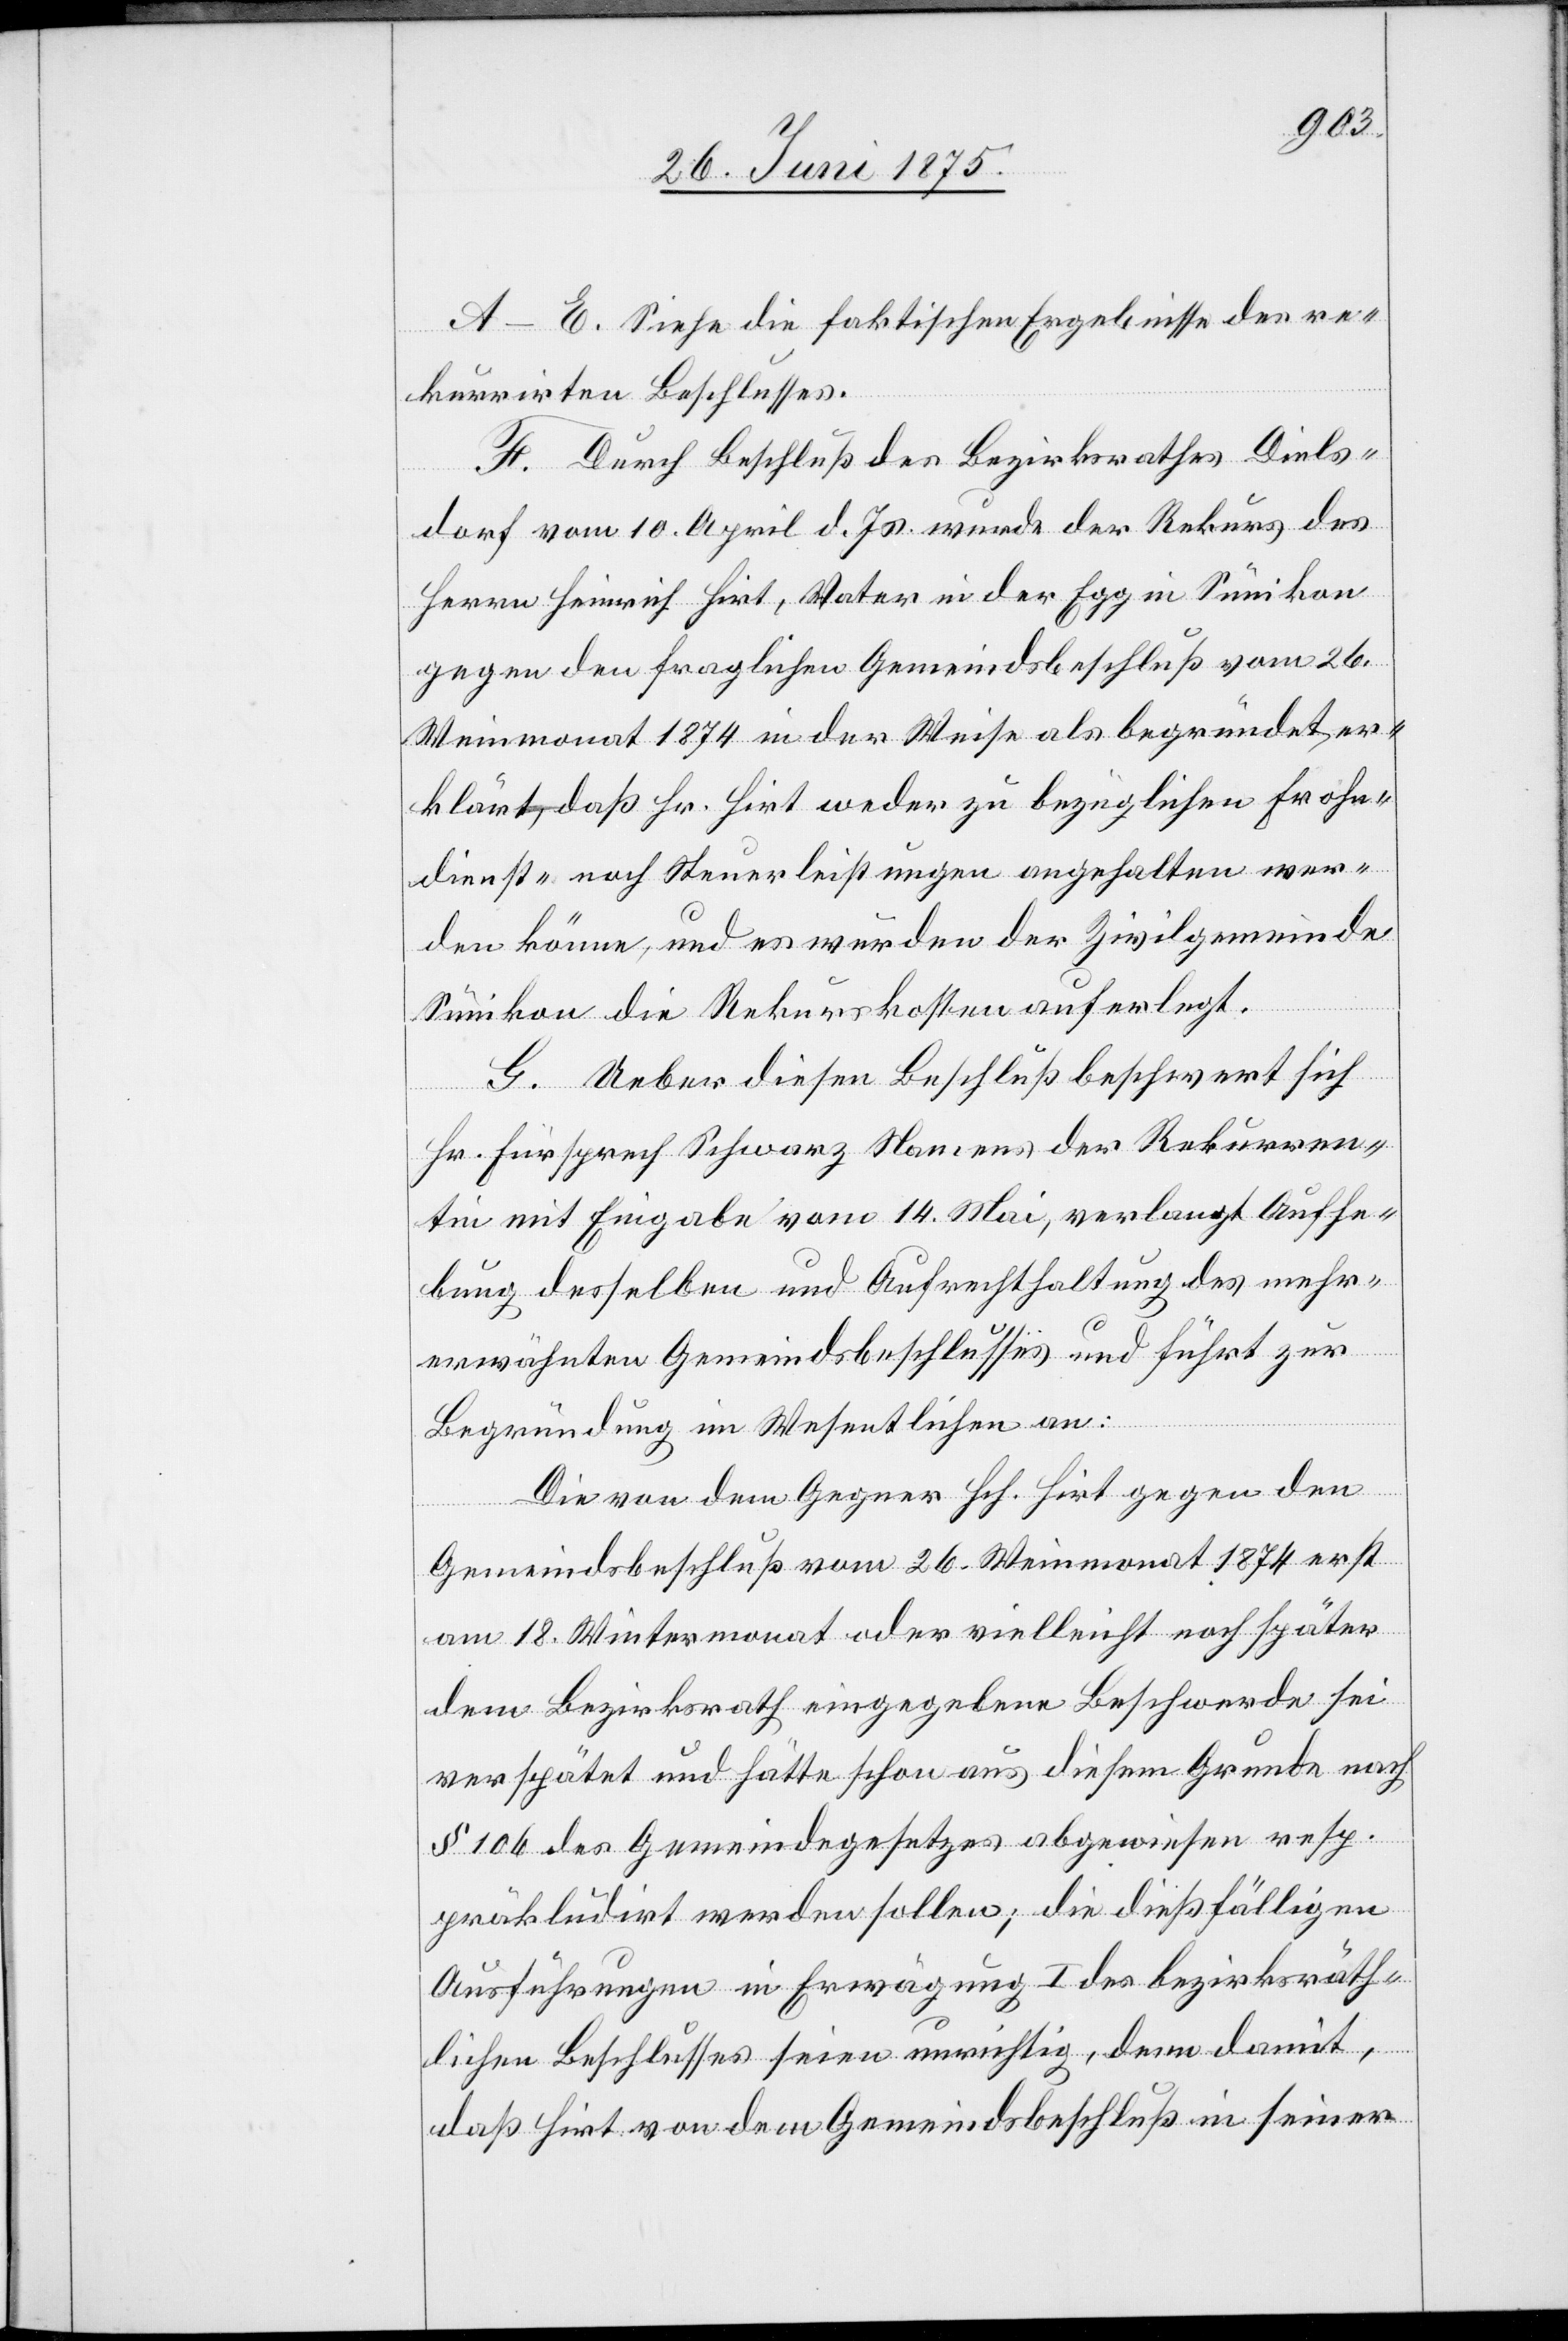
A–E. Siehe die faktischen Ergebnisse des re¬
kurrirten Beschlusses.
F. Durch Beschluß des Bezirksrathes Diels¬
dorf vom 10. April d. Js. wurde der Rekurs des
Herrn Heinrich Hirt, Vater in der Egg in Sünikon
gegen den fraglichen Gemeindsbeschluß vom 26.
Weinmonat 1874 in der Weise als begründet er¬
klärt, daß Hr. Hirt weder zu bezüglichen Frohn¬
dienst- noch Steuerleistungen angehalten wer¬
den könne, und es wurden der Zivilgemeinde
Sünikon die Rekurskosten auferlegt.
G. Ueber diesen Beschluß beschwert sich
Hr. Fürsprech Schwarz Namens der Rekurren¬
tin mit Eingabe vom 14. Mai, verlangt Aufhe¬
bung desselben und Aufrechterhaltung des mehr¬
erwähnten Gemeindsbeschlusses und führt zur
Begründung im Wesentlichen an:
Die von dem Gegner Hch. Hirt gegen den
Gemeindsbeschluß vom 26. Weinmonat 1874 erst
am 18. Wintermonat oder vielleicht noch später
dem Bezirksrath eingegebene Beschwerde sei
verspätet und hätte schon aus diesem Grunde nach
§ 106 des Gemeindegesetzes abgewiesen resp.
präkludirt werden sollen; die dießfälligen
Ausführungen in Erwägung I des bezirksräth¬
lichen Beschlusses seien unrichtig, denn damit,
daß Hirt von dem Gemeindsbeschluß in seiner